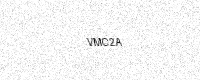
Text: VMC2A